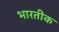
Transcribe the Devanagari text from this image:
भारतीक